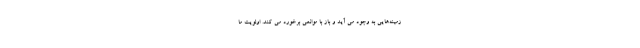
زمینه‌هایی به وجود می آید و باز با موانعی برخورد می کند. اولویت ما